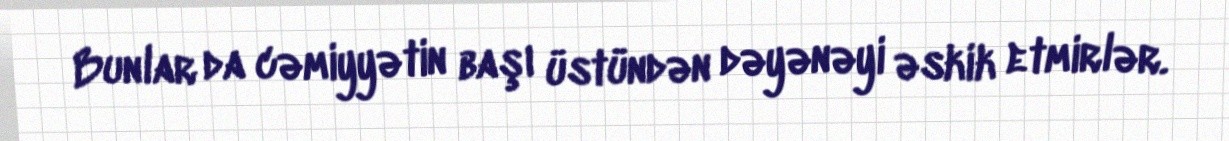
Bunlar da cəmiyyətin başı üstündən dəyənəyi əskik etmirlər.